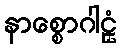
နာစ္စောဂါဠှံ